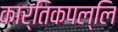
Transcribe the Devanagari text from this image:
कार्तिकपल्लि